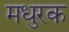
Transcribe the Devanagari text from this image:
मधुरक